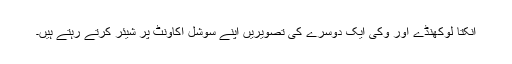
انکتا لوکھنڈے اور وکی ایک دوسرے کی تصویریں اپنے سوشل اکاونٹ پر شیئر کرتے رہتے ہیں۔